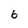
Character: 6